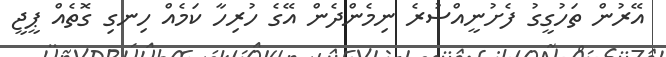
އޭރުން ތަހުގީގު ފެށުނީއްސުރެ ނިމެންދެން އޭގެ ހުރިހާ ކަމެއް ހިނގި ގޮތެއް ޕީޖީ